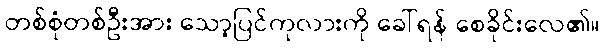
တစ်စုံတစ်ဦးအား သော့ပြင်ကုလားကို ခေါ်ရန် စေခိုင်းလေ၏။